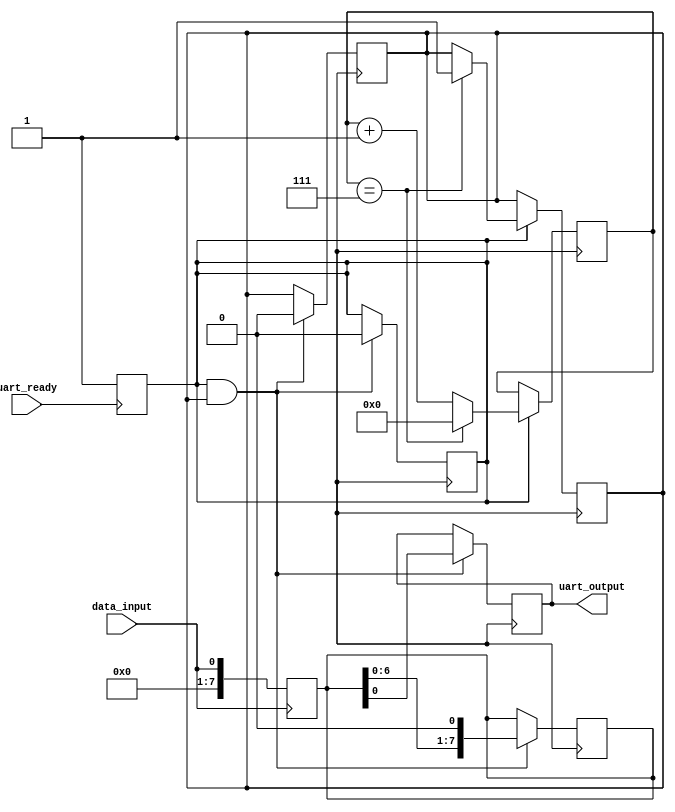
module uart_transmitter (
    input wire data_input,
    input wire uart_ready,
    output reg uart_output
);

reg [7:0] data_buffer;
reg transmit_enable;
reg [3:0] baud_counter;
reg shift_register;

// Data Buffer block
always @(posedge data_input) begin
    data_buffer <= data_input;
end

// Control Logic block
always @(posedge uart_ready) begin
    transmit_enable <= 1;
end

// Baud Rate Generator block
always @(posedge clk) begin
    if (transmit_enable) begin
        if (baud_counter == 3'b111) begin
            shift_register <= 1;
            baud_counter <= 0;
        end else begin
            baud_counter <= baud_counter + 1;
        end
    end
end

// Shift Register block
always @(posedge clk) begin
    if (transmit_enable && shift_register) begin
        uart_output <= data_buffer[0];
        data_buffer <= {data_buffer[6:0], 1'b0}; // Shift data to the right
        shift_register <= 0;
        transmit_enable <= 0;
    end
end

endmodule